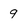
Character: 9